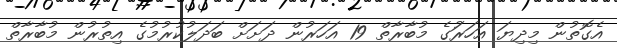
އެގޮތުން މިދިޔަ އަހަރަުގެ މުބާރާތް 19 އަހަރުން ދަށަށް ބަދަލުކުރުމުގެ އިތުރުން މުބާރާތް